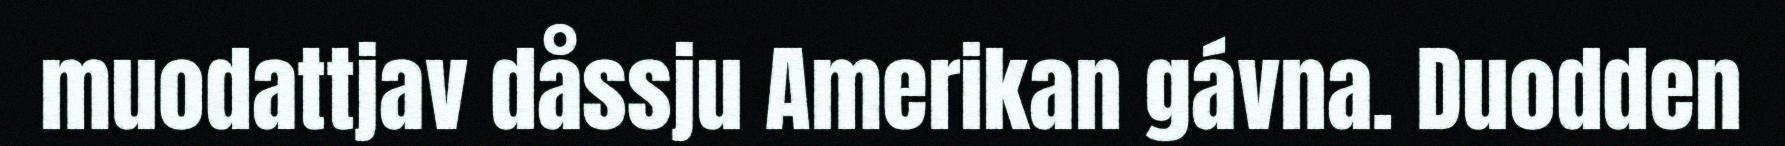
muodattjav dåssju Amerikan gávna. Duodden